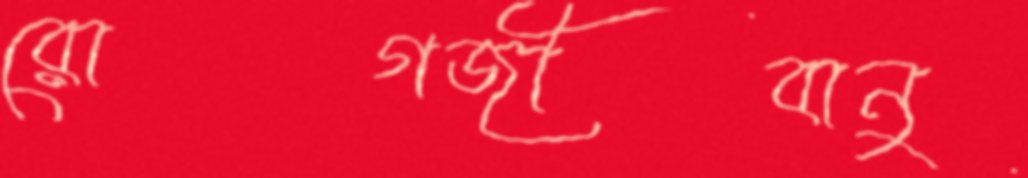
রোগজীবানু